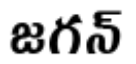
జగన్